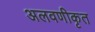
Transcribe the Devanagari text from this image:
अलवणीकृत